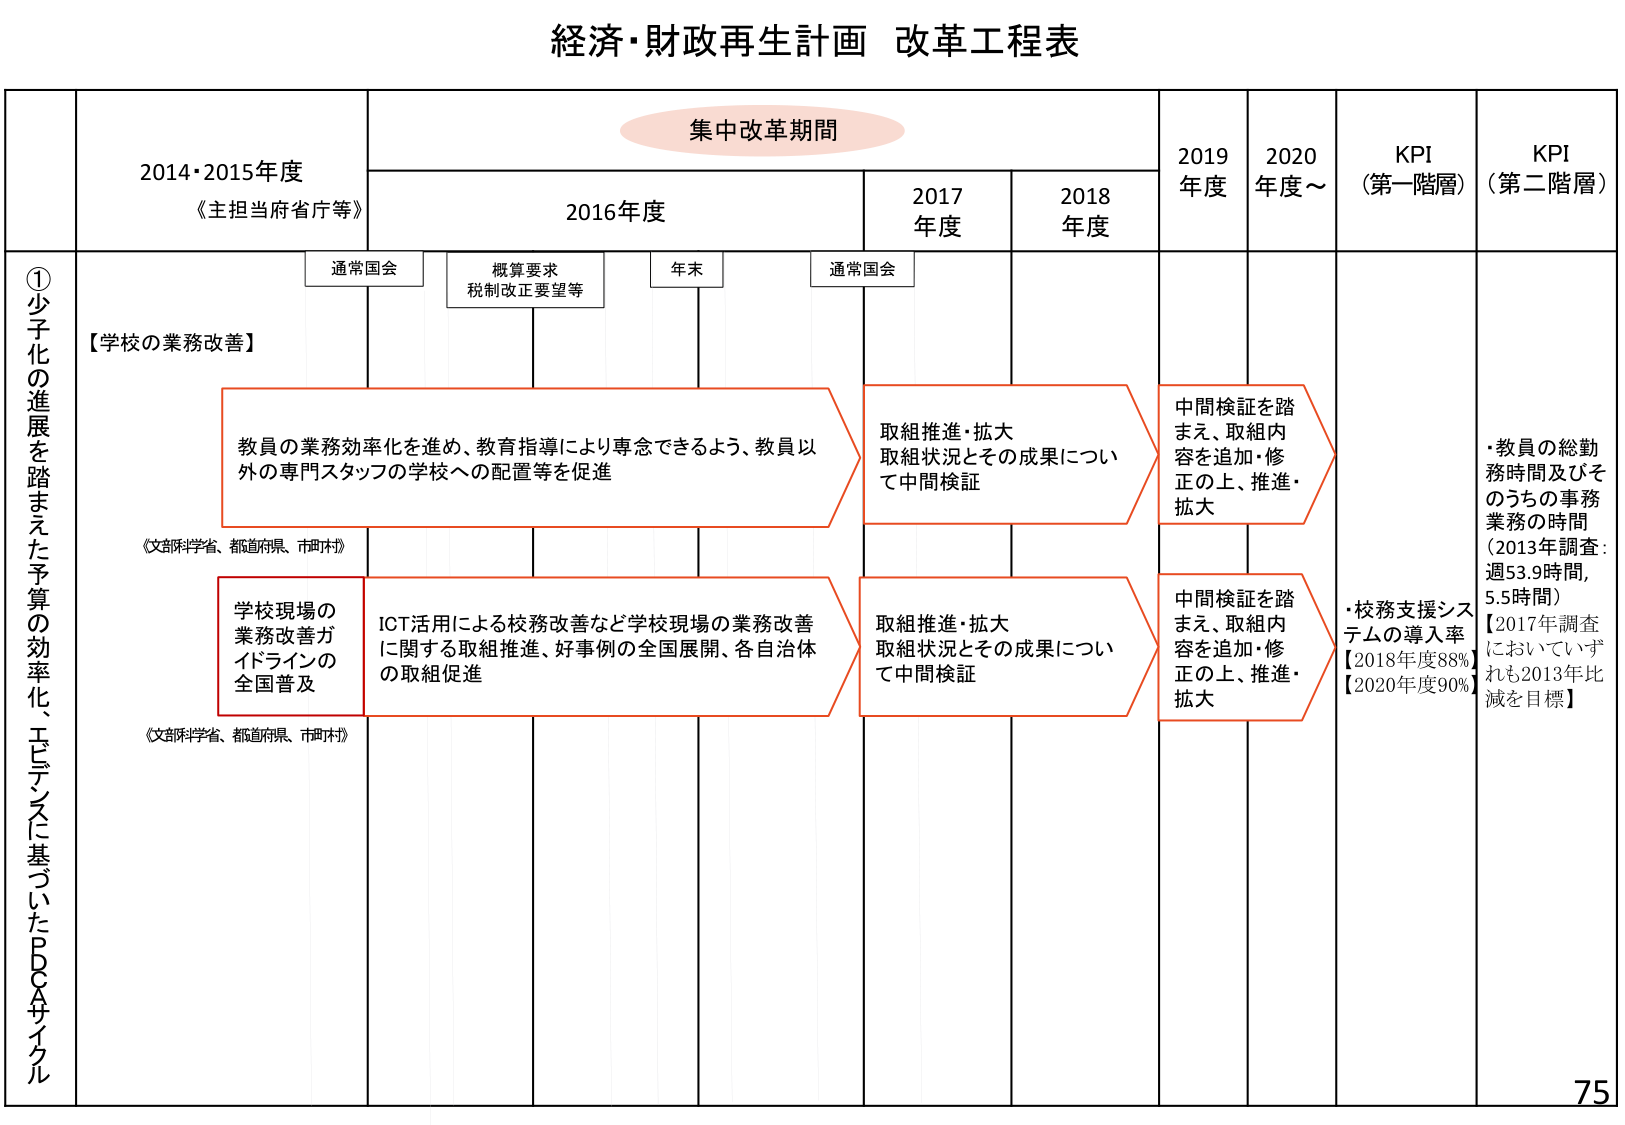
経済・財政再生計画 改革工程表

集中改革期間

2014・2015年度
《主担当府省庁等》

2016年度

2017年度

2018年度

2019年度

2020年度～

KPI
（第一階層）

KPI
（第二階層）

通常国会

概算要求
税制改正要望等

年末

通常国会

①少子化の進展を踏まえた予算の効率化、エビデンスに基づいたPDCAサイクル

【学校の業務改善】

教員の業務効率化を進め、教育指導により専念できるよう、教員以外の専門スタッフの学校への配置等を促進

《文部科学省、都道府県、市町村》

学校現場の業務改善ガイドラインの全国普及

ICT活用による校務改善など学校現場の業務改善に関する取組推進、好事例の全国展開、各自治体の取組促進

《文部科学省、都道府県、市町村》

取組推進・拡大
取組状況とその成果について中間検証

取組推進・拡大
取組状況とその成果について中間検証

中間検証を踏まえ、取組内容を追加・修正の上、推進・拡大

中間検証を踏まえ、取組内容を追加・修正の上、推進・拡大

・教員の総勤務時間及びそのうちの事務業務の時間
（2013年調査：週53.9時間，5.5時間）
【2017年調査においていずれも2013年比減を目指す】

・校務支援システムの導入率
【2018年度88%】
【2020年度90%】

75